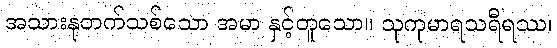
အသားနုတက်သစ်သော အမာ နှင့်တူသော။ သုကုမာရသရီရဿ၊